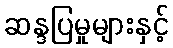
ဆန္ဒပြမှုများနှင့်